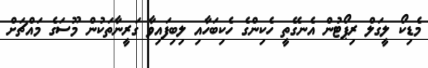
މެޑިކޯ ލީގަލް ރިޕޯޓުން އެނގޭތީ ހެކިންގެ ހެކިބަހާއި ލިބިފައިވާ ގަރީނާތަކުން މޫސަގެ މައްޗަށް